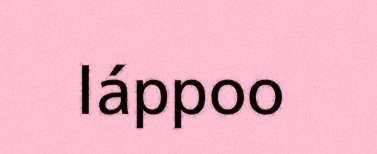
láppoo